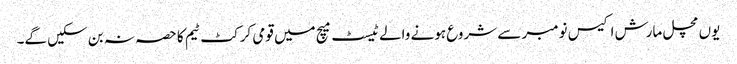
یوں مچل مارش اکیس نومبر سے شروع ہونے والے ٹیسٹ میچ میں قومی کرکٹ ٹیم کا حصہ نہ بن سکیں گے۔